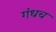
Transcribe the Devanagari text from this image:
गंधच